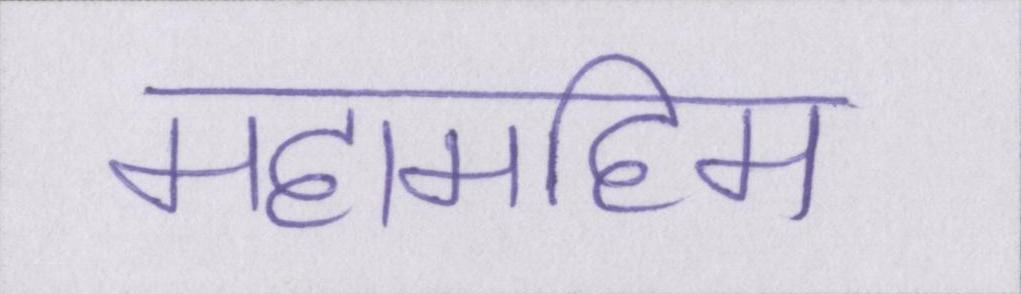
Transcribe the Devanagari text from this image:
महामहिम